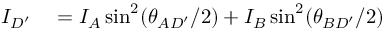
\begin{array} { r l } { I _ { D ^ { \prime } } } & { { } = I _ { A } \sin ^ { 2 } ( \theta _ { A D ^ { \prime } } / 2 ) + I _ { B } \sin ^ { 2 } ( \theta _ { B D ^ { \prime } } / 2 ) } \end{array}